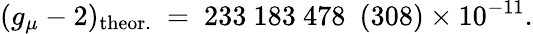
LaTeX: (g_{\mu}-2)_{\mathrm{theor.}}~=~233~183~478~~(308)\times 10^{-11}.